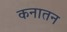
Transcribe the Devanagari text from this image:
कनातन